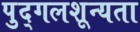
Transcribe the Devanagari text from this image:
पुद्गलशून्यता